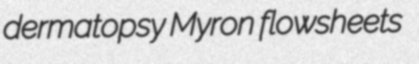
dermatopsy Myron flowsheets